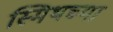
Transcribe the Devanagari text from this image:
स्मिथच्या